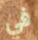
في